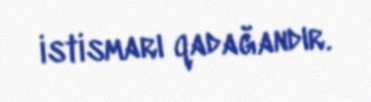
istismarı qadağandır.